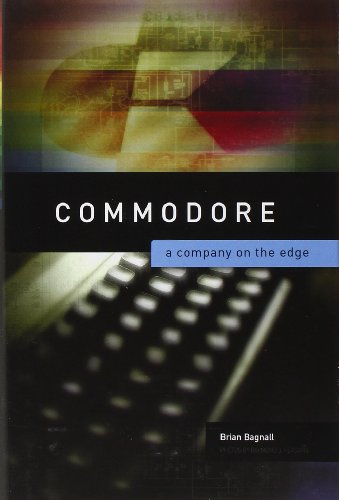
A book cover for Commodore: A Company on the Edge; Brian Bagnall; Computers & Technology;